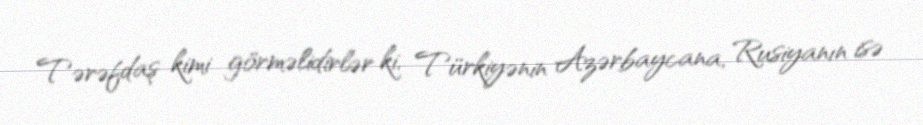
Tərəfdaş kimi görməlidirlər ki, Türkiyənin Azərbaycana, Rusiyanın isə